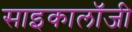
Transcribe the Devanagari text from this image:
साइकालॉजी